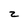
Character: 2